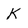
Character: K